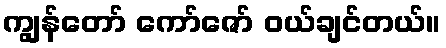
ကျွန်တော် ကော်ဇော် ဝယ်ချင်တယ်။